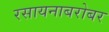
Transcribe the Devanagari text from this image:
रसायनाबरोबर